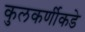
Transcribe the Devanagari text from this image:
कुलकर्णीकडे